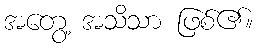
အတွေ့ အသိသာ ဖြစ်၏။